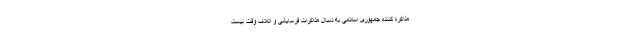
مذاکره کننده جمهوری اسلامی به دنبال مذاکرات فرسایشی و اتلاف وقت نیست